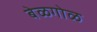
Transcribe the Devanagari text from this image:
बेळगोळ